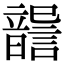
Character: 𩐶